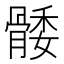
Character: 𮪭